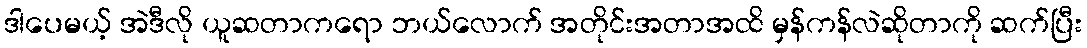
ဒါပေမယ့် အဲဒီလို ယူဆတာကရော ဘယ်လောက် အတိုင်းအတာအထိ မှန်ကန်လဲဆိုတာကို ဆက်ပြီး